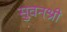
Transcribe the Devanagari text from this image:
सुवनश्री